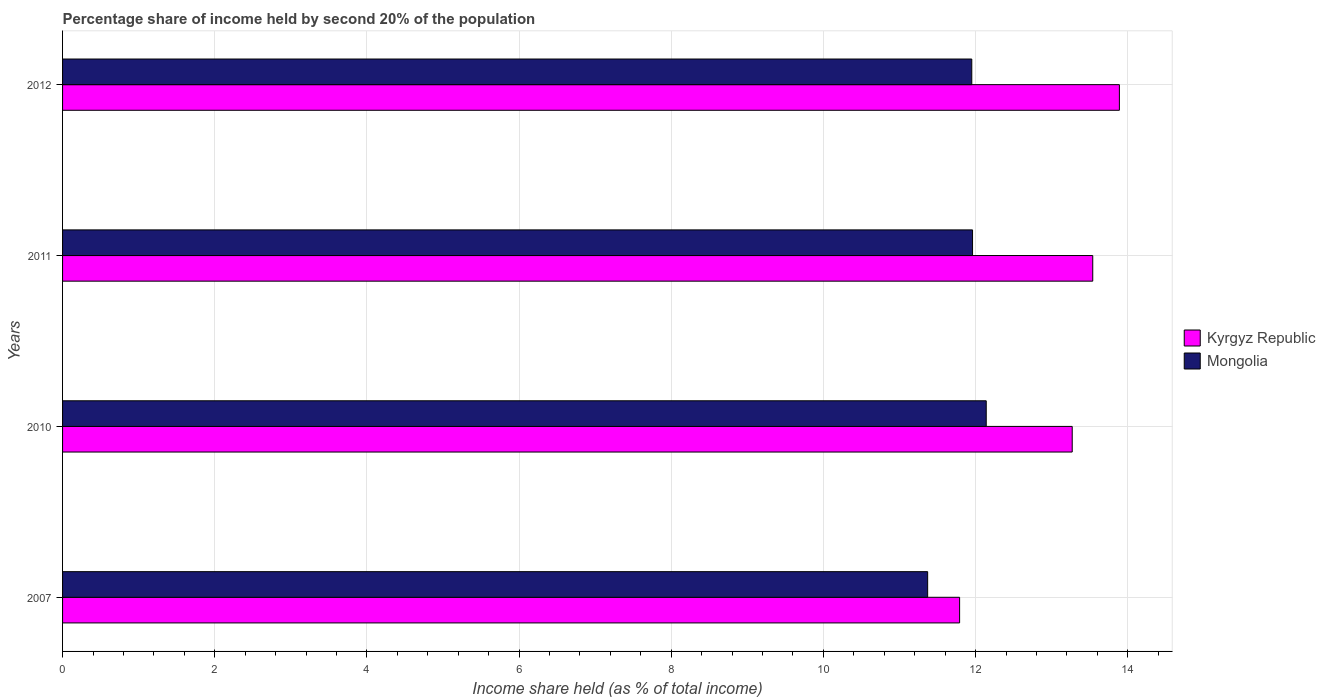
| Years | Kyrgyz Republic | Mongolia |
 | --- | --- | --- |
 | 2007 | 11.8 | 11.4 |
 | 2010 | 13.3 | 12.1 |
 | 2011 | 13.5 | 12 |
 | 2012 | 13.9 | 11.9 |